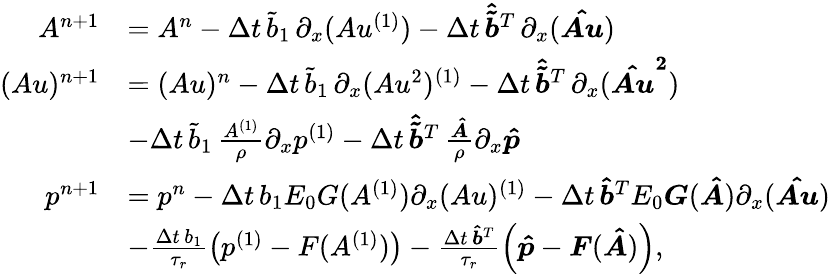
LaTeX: \begin{array}{rl}{A^{n+1}}&{=A^{n}-\Delta t\, \tilde{b}_{1}\, \partial_{x}(Au^{(1)})-\Delta t\, \boldsymbol{\hat{\tilde{b}}}^{T}\, \partial_{x}(\boldsymbol{\hat{Au}})}\\ {(Au)^{n+1}}&{=(Au)^{n}-\Delta t\, \tilde{b}_{1}\, \partial_{x}(Au^{2})^{(1)}-\Delta t\, \boldsymbol{\hat{\tilde{b}}}^{T}\, \partial_{x}(\boldsymbol{\hat{Au}^{2}})}\\ &{-\Delta t\, \tilde{b}_{1}\, \frac{A^{(1)}}{\rho}\partial_{x}p^{(1)}-\Delta t\, \boldsymbol{\hat{\tilde{b}}}^{T}\, \frac{\boldsymbol{\hat{A}}}{\rho}\partial_{x}\boldsymbol{\hat{p}}}\\ {p^{n+1}}&{=p^{n}-\Delta t\, b_{1}E_{0}G(A^{(1)})\partial_{x}(Au)^{(1)}-\Delta t\, \boldsymbol{\hat{b}}^{T}E_{0}\boldsymbol{G}(\boldsymbol{\hat{A}})\partial_{x}(\boldsymbol{\hat{Au}})}\\ &{-\frac{\Delta t\, b_{1}}{\tau_{r}}\left(p^{(1)}-F(A^{(1)})\right)-\frac{\Delta t\, \boldsymbol{\hat{b}}^{T}}{\tau_{r}}\left(\boldsymbol{\hat{p}}-\boldsymbol{F}(\boldsymbol{\hat{A}})\right),}\end{array}